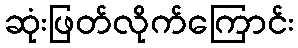
ဆုံးဖြတ်လိုက်ကြောင်း